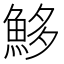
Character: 𩶰